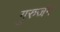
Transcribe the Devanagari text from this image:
गुरुजंग